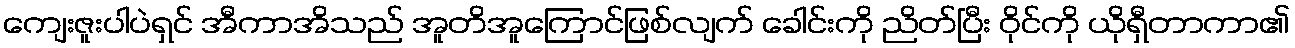
ကျေးဇူးပါပဲရှင် အီကာအိသည် အူတိအူကြောင်ဖြစ်လျက် ခေါင်းကို ညိတ်ပြီး ဝိုင်ကို ယိုရှီတာကာ၏